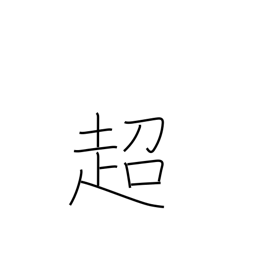
Meaning: transcend